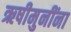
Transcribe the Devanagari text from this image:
ऋषीमुनींना